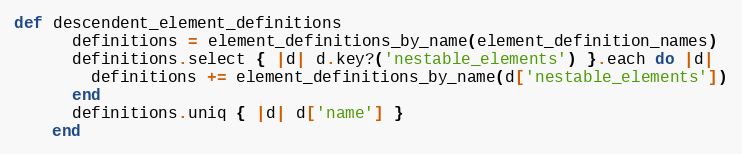
Language: Ruby
def descendent_element_definitions
      definitions = element_definitions_by_name(element_definition_names)
      definitions.select { |d| d.key?('nestable_elements') }.each do |d|
        definitions += element_definitions_by_name(d['nestable_elements'])
      end
      definitions.uniq { |d| d['name'] }
    end